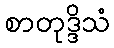
စာတုဒ္ဒိသံ